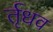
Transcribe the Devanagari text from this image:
र्तृधव